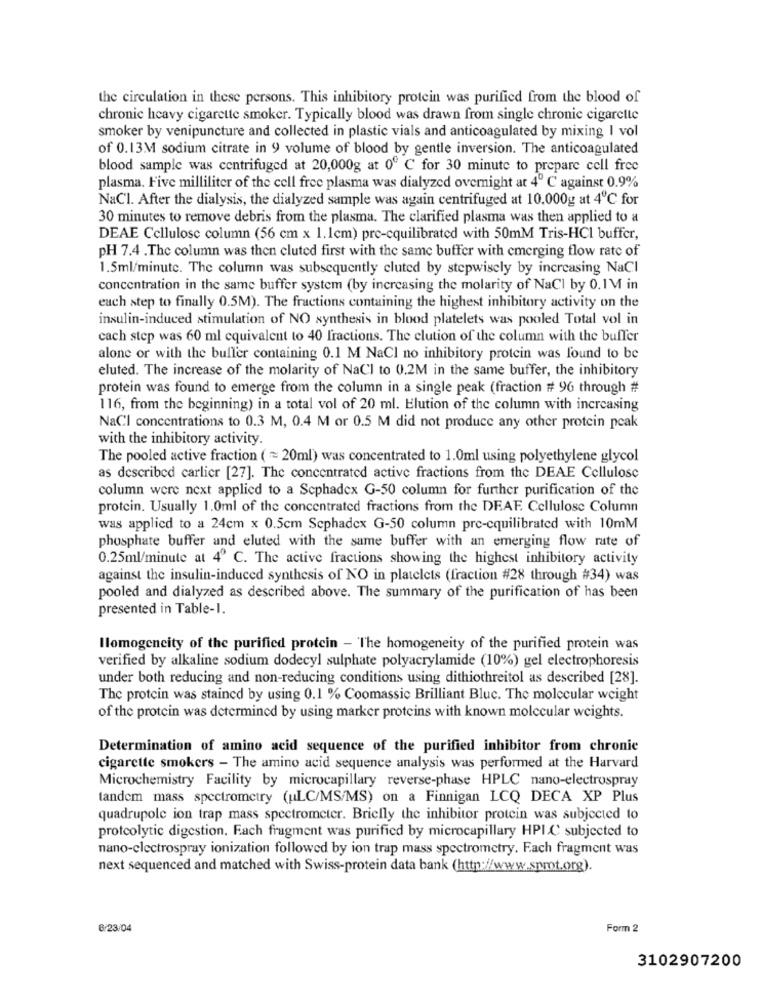
the circulation in these persons. This inhibitory protein was purified from the blood of
chronic heavy cigarette smoker. Typically blood was drawn from single chronic cigarette
smoker by venipuncture and collected in plastic vials and anticoagulated by mixing I vol
of 0.13M sodium citrate in 9 volume of blood by gentle inversion. The anticoagulated
blood sample was centrifuged at 20,000g at 0º C for 30 minute to prepare cell free
plasma. Five milliliter of the cell free plasma was dialyzed overnight at 4º C against 0.9%
NaCl. After the dialysis, the dialyzed sample was again centrifuged at 10.000g at 4℃ for
30 minutes to remove debris from the plasma. The clarified plasma was then applied to a
DEAE Cellulose column (56 cm x 1.1cm) pre-cquilibrated with 50mM Tris-HCI buffer,
PH 7.4 .The column was then cluted first with the same buffer with emerging flow rate of
1.5ml/minute. The column was subsequently eluted by stepwisely by increasing NaCl
concentration in the same buffer system (by increasing the molarity of NaCl by 0.1M in
each step to finally 0.5M). The fractions containing the highest inhibitory activity on the
insulin-induced stimulation of NO synthesis in blood platelets was pooled Total vol in
cach step was 60 ml equivalent to 40 fractions. The clution of the column with the buffer
alone or with the buffer containing 0.1 M NaCl no inhibitory protein was found to be
eluted. The increase of the molarity of NaCl to 0.2M in the same buffer, the inhibitory
protein was found to emerge from the column in a single peak (fraction # 96 through #
116, from the beginning) in a total vol of 20 ml. Elution of the column with increasing
NaCl concentrations to 0.3 M, 0.4 M or 0.5 M did not produce any other protein peak
with the inhibitory activity.
The pooled active fraction ( == 20ml) was concentrated to 1.0ml using polyethylene glycol
as described carlier [27]. The concentrated active fractions from the DEAE Cellulose
column were next applied to a Scphadex G-50 column for further purification of the
protein. Usually 1.0ml of the concentrated fractions from the DEAF. Cellulose Column
was applied to a 24cm x 0.5cm Scphadex G-50 column pre-cquilibrated with 10mM
phosphate buffer and eluted with the same buffer with an emerging flow rate of
0.25ml/minute at 4º C. The active fractions showing the highest inhibitory activity
against the insulin-induced synthesis of NO in platelets (fraction #28 through #34) was
pooled and dialyzed as described above. The summary of the purification of has been
presented in Table-1.
Ilomogencity of the purified protein - The homogeneity of the purified protein was
verified by alkaline sodium dodecyl sulphate polyacrylamide (10%) gel electrophoresis
under both reducing and non-reducing conditions using dithiothreitol as described [28].
The protein was stained by using 0.1 % Coomassic Brilliant Bluc. The molecular weight
of the protein was determined by using marker proteins with known molecular weights.
Determination of amino acid sequence of the purified inhibitor from chronic
cigarette smokers - The amino acid sequence analysis was performed at the Harvard
Microchemistry Facility by microcapillary reverse-phase HPLC nano-electrospray
tandem mass spectrometry (uL.C/MS/MS) on a Finnigan LCQ DECA XP Plus
quadrupole ion trap mass spectrometer. Briefly the inhibitor protein was subjected to
protcolytic digestion. Fach fragment was purified by microcapillary HPLC subjected to
nano-electrospray ionization followed by ion trap mass spectrometry. Fach fragment was
next sequenced and matched with Swiss-protein data bank (http://www.sprot.org).
6/23/04
Form 2
3102907200